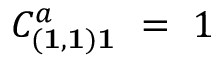
C _ { ( { \bf 1 } , { \bf 1 } ) { \bf 1 } } ^ { a } \ = \ 1 \quad